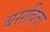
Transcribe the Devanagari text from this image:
बसविता